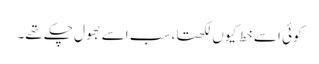
کوئی اسے خط کیوں لکھتا، سب اسے بھول چکے تھے۔